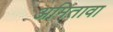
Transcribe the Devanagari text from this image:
अमितावा